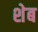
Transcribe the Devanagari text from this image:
शेब